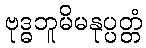
ဗုဒ္ဓဘူမိမနုပ္ပတ္တံ